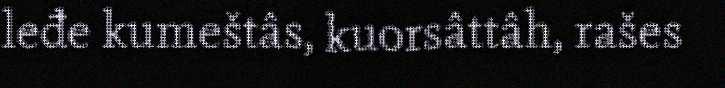
leđe kumeštâs, kuorsâttâh, rašes